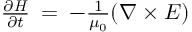
\begin{array} { r } { \frac { \partial \boldsymbol { H } } { \partial t } \: = \: - \frac { 1 } { \mu _ { 0 } } ( \boldsymbol { \nabla } \times \boldsymbol { E } ) } \end{array}